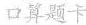
口算题卡